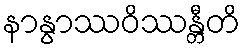
နာနွာဿဝိဿန္တီတိ